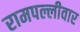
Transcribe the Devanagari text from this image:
रामपल्लीवार